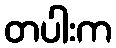
တပါးက